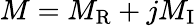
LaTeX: M=M_{\mathrm{R}}+jM_{\mathrm{I}}